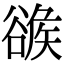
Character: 𧯂